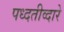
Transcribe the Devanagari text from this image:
पध्दतीव्दारे